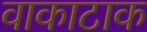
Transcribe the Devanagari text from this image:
वाकाटाक